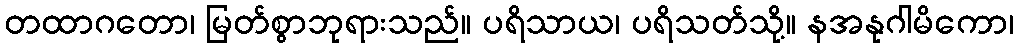
တထာဂတော၊ မြတ်စွာဘုရားသည်။ ပရိသာယ၊ ပရိသတ်သို့။ နအနုဂါမိကော၊